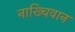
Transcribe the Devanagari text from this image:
नाख्चिवान